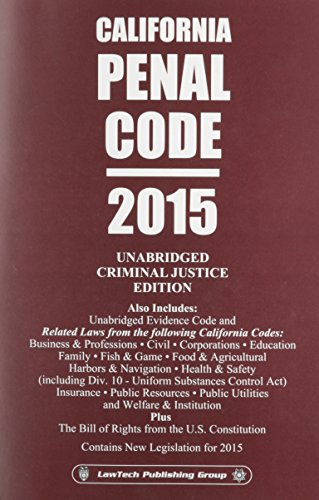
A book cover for California Penal Code: 2015 Unabridged Criminal Justice Edition; Editor; Law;